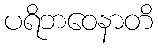
ပရိဘဝေနာတိ